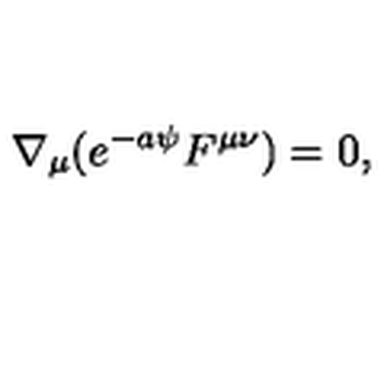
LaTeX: \nabla _ { \mu } ( e ^ { - a \psi } F ^ { \mu \nu } ) = 0 ,